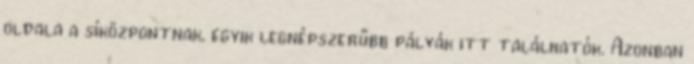
oldala a síközpontnak, egyik legnépszerűbb pályák itt találhatók. Azonban